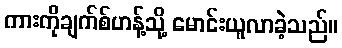
ကားကိုချက်စ်ဟန့်သို့ မောင်းယူလာခဲ့သည်။